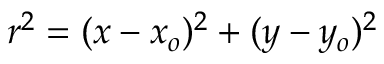
r ^ { 2 } = ( x - x _ { o } ) ^ { 2 } + ( y - y _ { o } ) ^ { 2 }